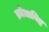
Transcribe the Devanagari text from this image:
क्रोधाविष्ट